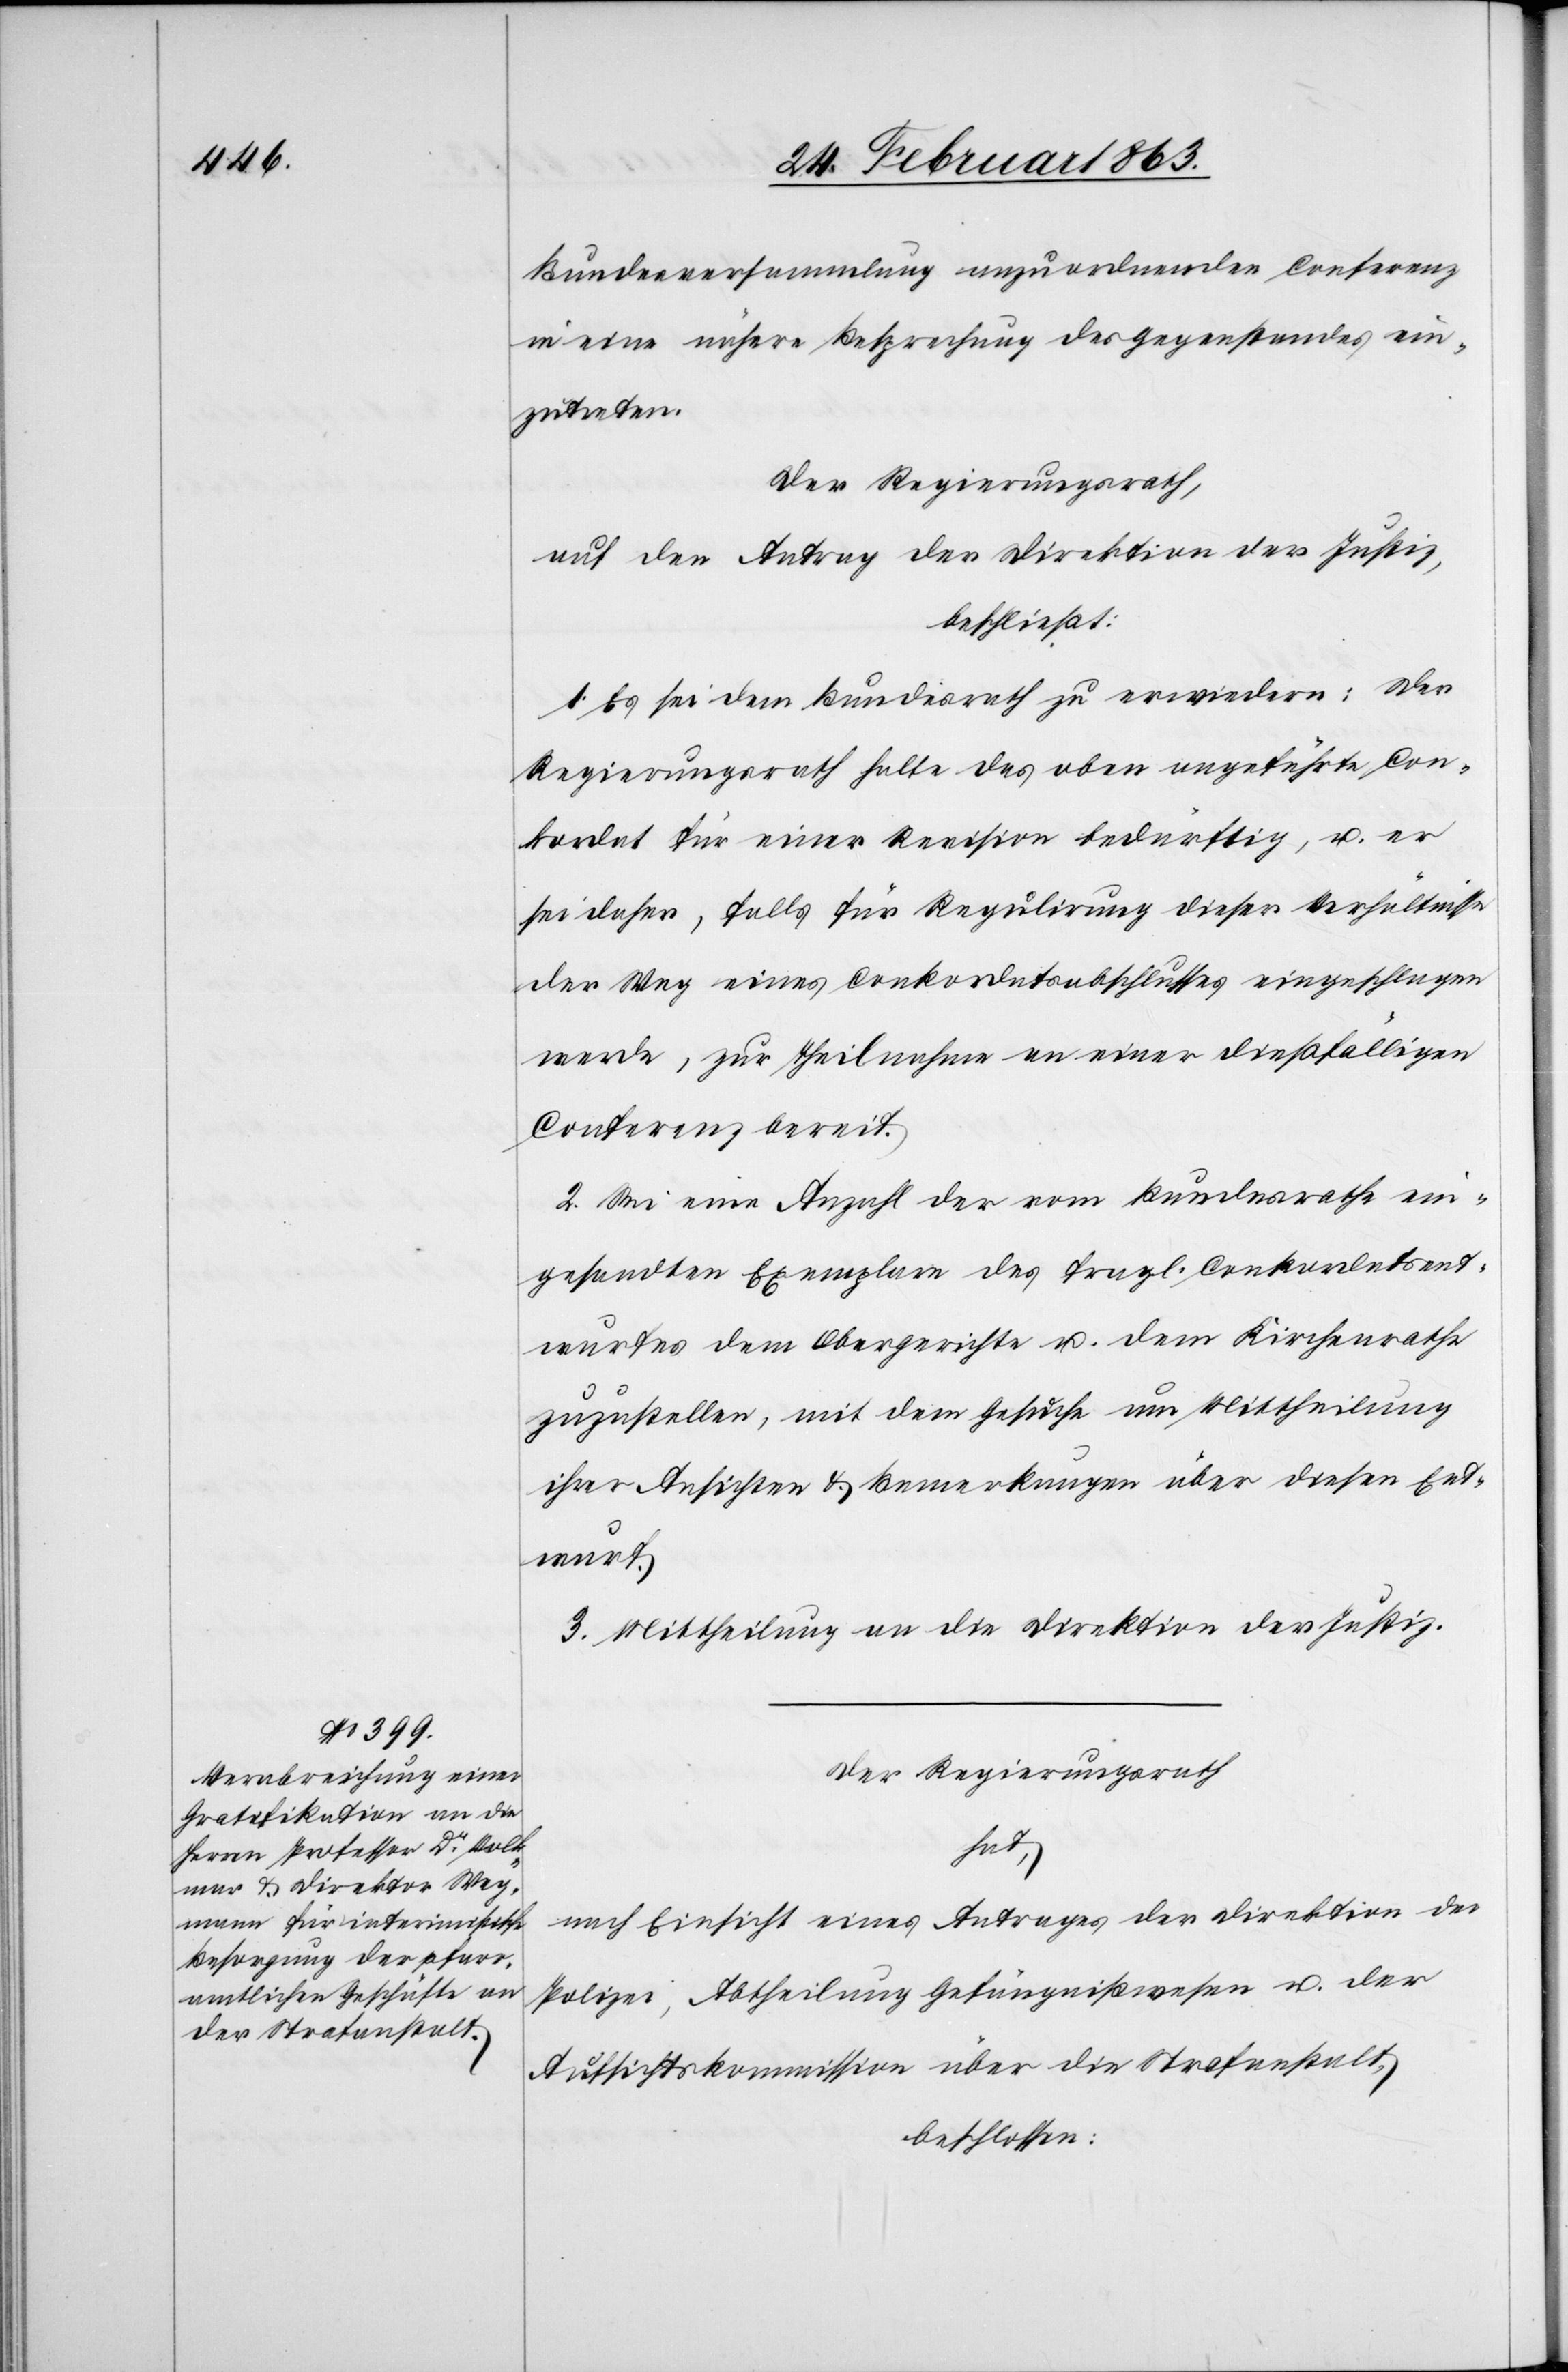
Bundesversammlung anzuordnenden Conferenz
in eine nähere Besprechung des Gegenstandes ein¬
zutreten.
Der Regierungsrath,
auf den Antrag der Direktion der Justiz,
beschließt:
1. Es sei dem Bundesrath zu erwiedern: Der
Regierungsrath halte das oben angeführte Con¬
kordat für einer Revision bedürftig, u. er
sei daher, falls für Regulirung dieser Verhältnisse
der Weg eines Conkordatsabschlusses eingeschlagen
werde, zur Theilnahme an einer dießfälligen
Conferenz bereit.
2. Sei eine Anzahl der vom Bundesrathe ein¬
gesandten Exemplare des fragl. Conkordatsent¬
wurfes dem Obergerichte u. dem Kirchenrathe
zuzustellen, mit dem Gesuche um Mittheilung
ihrer Ansichten & Bemerkungen über diesen Ent¬
wurf.
3. Mittheilung an die Direktion der Justiz.
Der Regierungsrath
hat,
nach Einsicht eines Antrages der Direktion der
Polizei, Abtheilung Gefängnißwesen u. der
Aufsichtskommission über die Strafanstalt,
beschlossen: